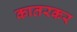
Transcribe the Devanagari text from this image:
कातरकर